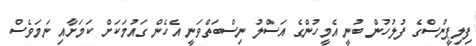
ފިލިޕީންސްގެ ފުލުހުން ބުނީ އެމީހުންގެ އަސްލު ނިސްބަތްވަނީ އެހެން ގައުމަކަށް ކަމަށާއި ނަމަވެސް